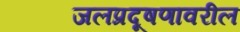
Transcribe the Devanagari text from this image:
जलप्रदूषणावरील